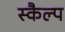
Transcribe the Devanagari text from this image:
स्कैल्प